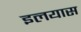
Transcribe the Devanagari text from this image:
इलयास